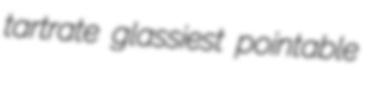
tartrate glassiest pointable